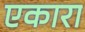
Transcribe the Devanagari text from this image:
एकारा